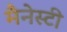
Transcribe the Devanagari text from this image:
मैनेस्टी